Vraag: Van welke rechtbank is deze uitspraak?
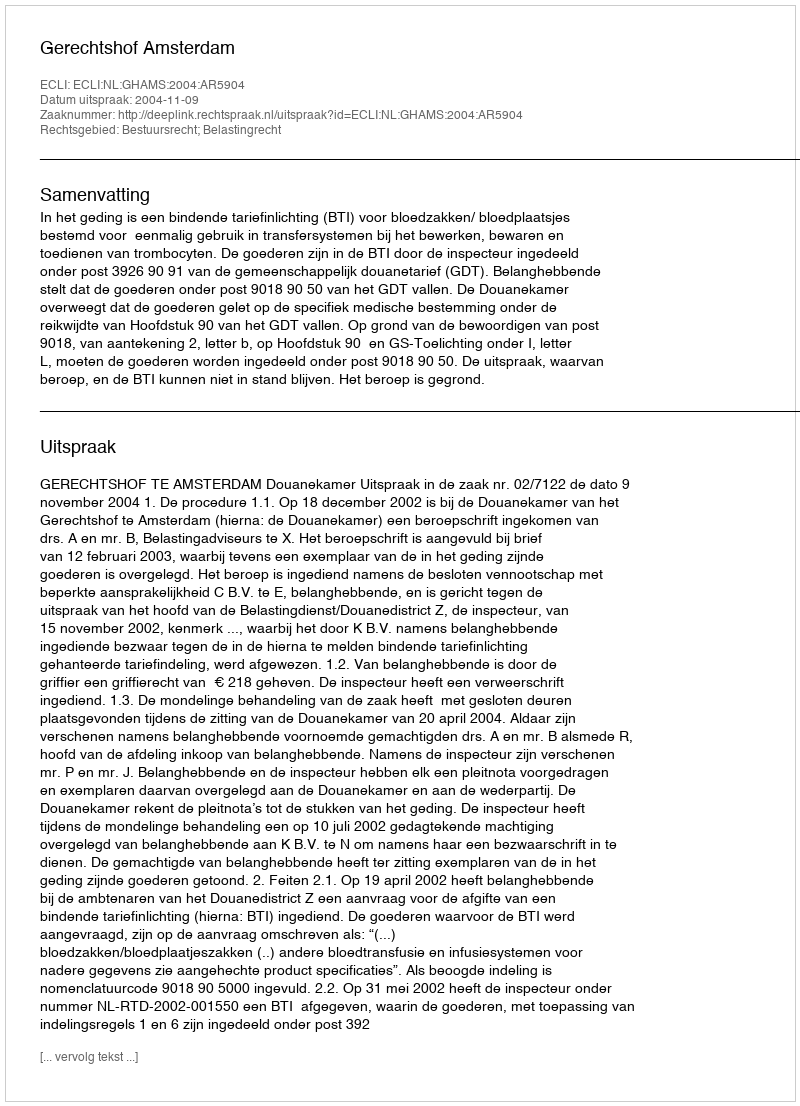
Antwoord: Gerechtshof Amsterdam